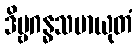
ဒိဗ္ဗဂန္ဓသမာယုတံ